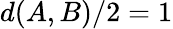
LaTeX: d(A,B)/2=1